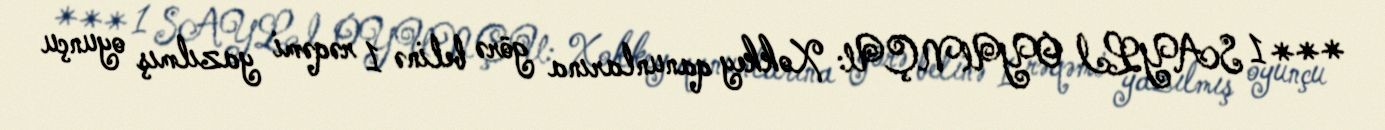
*** 1 SAYLI OYUNÇU: Xokkey qanunlarına görə belinə 1 rəqəmi yazılmış oyunçu